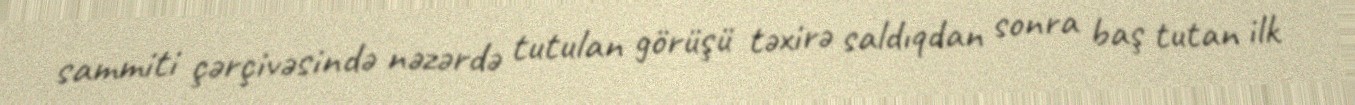
sammiti çərçivəsində nəzərdə tutulan görüşü təxirə saldıqdan sonra baş tutan ilk